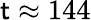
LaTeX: \mathsf{t}\approx144